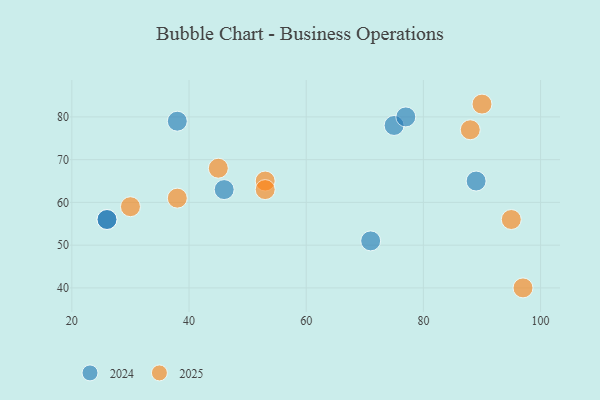
{"axis": {"x": "GDP", "y": "Life Expectancy"}, "legend": ["2024", "2025"], "data": [{"x": "71", "y": 51, "type": "2024"}, {"x": "75", "y": 78, "type": "2024"}, {"x": "89", "y": 65, "type": "2024"}, {"x": "26", "y": 56, "type": "2024"}, {"x": "26", "y": 56, "type": "2024"}, {"x": "38", "y": 79, "type": "2024"}, {"x": "77", "y": 80, "type": "2024"}, {"x": "46", "y": 63, "type": "2024"}, {"x": "97", "y": 40, "type": "2025"}, {"x": "95", "y": 56, "type": "2025"}, {"x": "90", "y": 83, "type": "2025"}, {"x": "88", "y": 77, "type": "2025"}, {"x": "30", "y": 59, "type": "2025"}, {"x": "38", "y": 61, "type": "2025"}, {"x": "53", "y": 65, "type": "2025"}, {"x": "45", "y": 68, "type": "2025"}, {"x": "53", "y": 63, "type": "2025"}]}